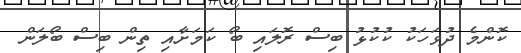
ކޮންމެ ދުވަހަކު ކުކުޅު ބިސް ރޮލައި ބޯ ކަމަށާއި ތިން ބިސް ބޯލަން